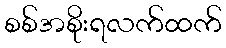
စစ်အစိုးရလက်ထက်